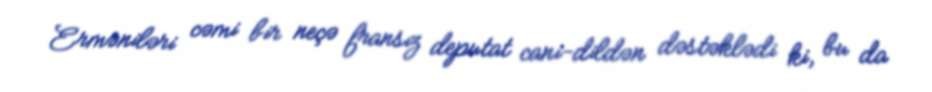
Erməniləri cəmi bir neçə fransız deputat cani-dildən dəstəklədi ki, bu da